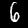
Digit: 6